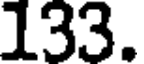
133.